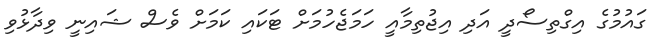
ގައުމުގެ އިގްތިސޯދީ އަދި އިޖުތިމާއީ ހަމަޖެހުމަށް ޓަކައި ކަމަށް ވެސް ޝައިނީ ވިދާޅުވި